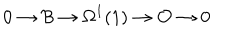
LaTeX: 0 \rightarrow { \cal B } \rightarrow \Omega ^ { 1 } ( 1 ) \rightarrow { \cal O } \rightarrow 0